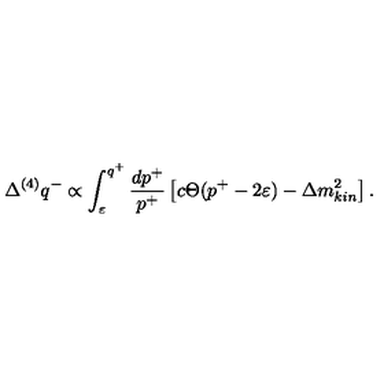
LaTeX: \Delta ^ { ( 4 ) } q ^ { - } \propto \int _ { \varepsilon } ^ { q ^ { + } } \frac { d p ^ { + } } { p ^ { + } } \left[ c \Theta ( p ^ { + } - 2 \varepsilon ) - \Delta m _ { k i n } ^ { 2 } \right] .